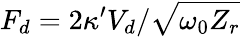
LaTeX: F_{d}=2\kappa^{\prime}V_{d}/\sqrt{\omega_{0}Z_{r}}